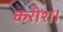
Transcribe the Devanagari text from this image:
करीश।